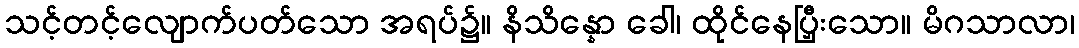
သင့်တင့်လျောက်ပတ်သော အရပ်၌။ နိသိန္နော ခေါ၊ ထိုင်နေပြှီးသော။ မိဂသာလာ၊